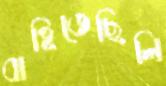
বাহিতেছিলি